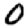
Digit: 0